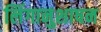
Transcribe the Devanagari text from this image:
लिंगानुशाषन